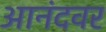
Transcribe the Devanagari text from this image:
आनंदवर